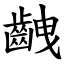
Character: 齥